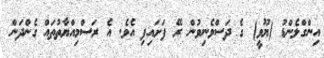
އިންގްލެންޑު (ޔޫވީ) ގެ ދަސްވެނިވުން ރޭ ފަށައިފި އެވެ. އެ ރަސްމިއްޔާތުތައް ގެންދަން